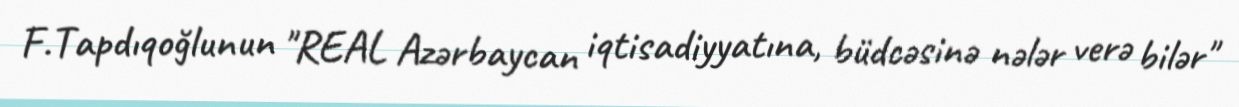
F.Tapdıqoğlunun "REAL Azərbaycan iqtisadiyyatına, büdcəsinə nələr verə bilər"